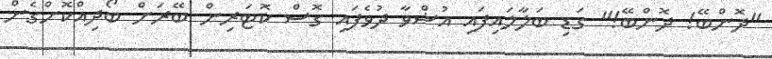
"ދޮންބޭ! ދޮންބޭ!" ގަޑި ބަލާލައިފައި އުޝްވާ ދުވެފައި ގޮސް ކޮޓަރިން ބޭރަށް ބޯދިއްކޮށްގެން